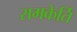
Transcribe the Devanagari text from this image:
रामकेर्ति